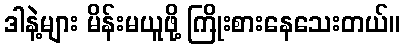
ဒါနဲ့များ မိန်းမယူဖို့ ကြိုးစားနေသေးတယ်။